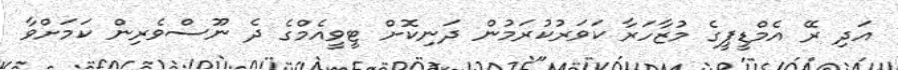
އަދި ރޭ އެމްޑީޕީގެ މުޒާހަރާ ކަވަރުކުރަމުން ދަނިކޮށް ޓީވީއެމްގެ ދެ ނޫސްވެރިން ކަމަށްވާ